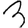
Digit: 3